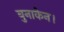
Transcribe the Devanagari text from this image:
बुनाकेन।